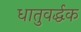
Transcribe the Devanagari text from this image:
धातुवर्द्धक